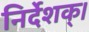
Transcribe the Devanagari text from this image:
निर्देशक्।